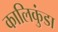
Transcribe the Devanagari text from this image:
कालिकुंडा